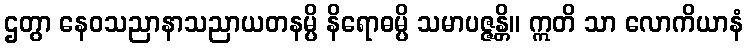
ဌတွာ နေဝသညာနာသညာယတနမ္ပိ နိရောဓမ္ပိ သမာပဇ္ဇန္တိ။ ဣတိ သာ လောကိယာနံ